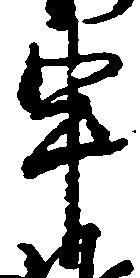
申